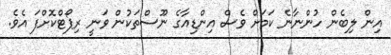
އިން ލިބެން ހުންނާނެ ކަމަށް ވެސް އިންޑިއާގެ ނޫސްތަކުން ވަނީ ރިޕޯޓްކޮށްފަ އެވެ.